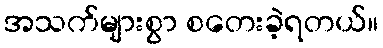
အသက်များစွာ စတေးခဲ့ရတယ်။